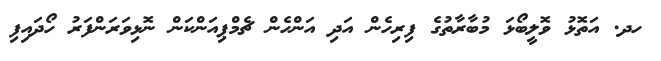
ހދ. އަތޮޅު ވޮލީބޯޅަ މުބާރާތުގެ ފިރިހެން އަދި އަންހެން ޗެމްޕިއަންކަން ނޮޅިވަރަންފަރު ހޯދައިފި